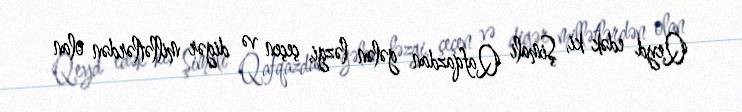
Qeyd edək ki, Şimali Qafqazdan gələn ləzgi, çeçen və digər millətlərdən olan